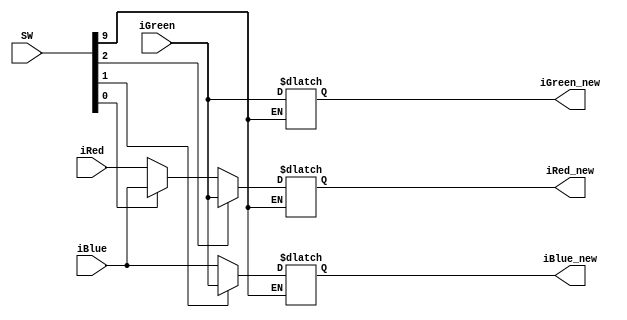
module Filtr_SWITCH(
				SW,
				iRed,
//				CHOSE,
				iBlue,
				iGreen,
				iRed_new,
				iBlue_new,
				iGreen_new);
				
//input CHOSE;
				
input    [9:0] SW;				
input		[9:0]	iRed;
input		[9:0]	iGreen;
input		[9:0]	iBlue;

output   [9:0] iRed_new;
output	[9:0]	iBlue_new;
output   [9:0] iGreen_new;

//assign	iRed_new      =	iRed;   																				//iRed -> 0 dziala (wycina dany kolor)
//assign	iBlue_new	  =	iBlue;
//assign	iGreen_new    =	iGreen;



reg   [9:0] iRed_temp;
reg	[9:0]	iBlue_temp;
reg   [9:0] iGreen_temp;



always begin
					
																		//// POMYSŁ  przerobic kontrolowanie na switche, kazdy switch zamienia dwa kolory ze soba
																		// na poczatku przypsiac wszystkie kolory do temp i pozniej działac juz na temp
if(SW[9])begin
																		
iRed_temp	  =	iRed;
iBlue_temp	  =	iBlue;
iGreen_temp    =	iGreen;

//if(CHOSE)begin

																							
if(SW[0])begin

	iRed_temp	  =	iBlue_temp;
	iBlue_temp	  =	iRed_temp;
	iGreen_temp    =	iGreen_temp;
	
				end

if(SW[1])begin
	
	iRed_temp	  =	iRed_temp;
	iBlue_temp	  =	iGreen_temp;
	iGreen_temp    =	iBlue_temp;
	end

if(SW[2]) begin
	
	iRed_temp	  =	iGreen_temp;
	iBlue_temp	  =	iBlue_temp;
	iGreen_temp    =	iRed_temp;
	
	end

	end
			
				
end

assign	iRed_new      =	iRed_temp;   
assign	iBlue_new	  =	iBlue_temp;
assign	iGreen_new    =	iGreen_temp;

endmodule